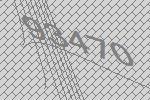
93470